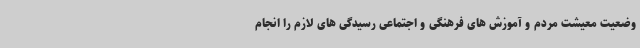
وضعیت معیشت مردم و آموزش های فرهنگی و اجتماعی رسیدگی های لازم را انجام